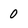
Character: 0